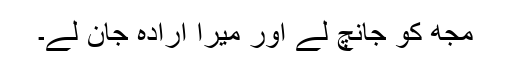
مجھ کو جانچ لے اور میرا اِرادہ جان لے۔